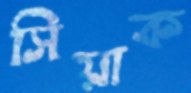
সিয়াক